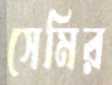
সেমির